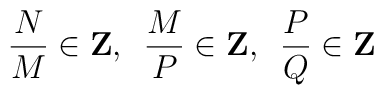
{N \over M} \in {\bf Z},\,\,\,{M \over P} \in {\bf Z},\,\,\,{P \over Q} \in {\bf Z}